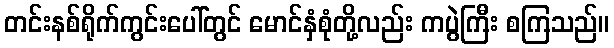
တင်းနစ်ရိုက်ကွင်းပေါ်တွင် မောင်နှံစုံတို့လည်း ကပွဲကြီး စကြသည်။